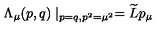
\Lambda _ { \mu } ( p , q ) \mid _ { p = q , p ^ { 2 } = \mu ^ { 2 } } = \widetilde { L } p _ { \mu }